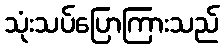
သုံးသပ်ပြောကြားသည်